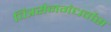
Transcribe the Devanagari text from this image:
चित्रसेनगंधर्वास